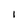
Character: 1